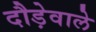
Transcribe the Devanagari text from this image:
दौड़ेवाले